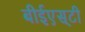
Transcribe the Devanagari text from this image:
बीईएस्‌टी